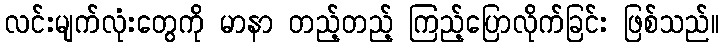
လင်းမျက်လုံးတွေကို မာနာ တည့်တည့် ကြည့်ပြောလိုက်ခြင်း ဖြစ်သည်။